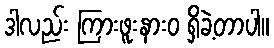
ဒါလည်း ကြားဖူးနားဝ ရှိခဲ့တာပါ။